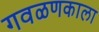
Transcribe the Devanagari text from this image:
गवळणकाला